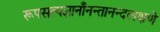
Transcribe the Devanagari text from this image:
रूपसत्यज्ञानाँनन्तानन्दलक्षणे